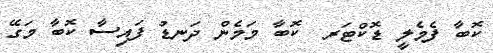
ކޮބާ ފެމެލީ ޑޮކްޓަރ  ކޮބާ މަމެން ދަނޑު ފައިސާ ކޮބާ މަގޭ